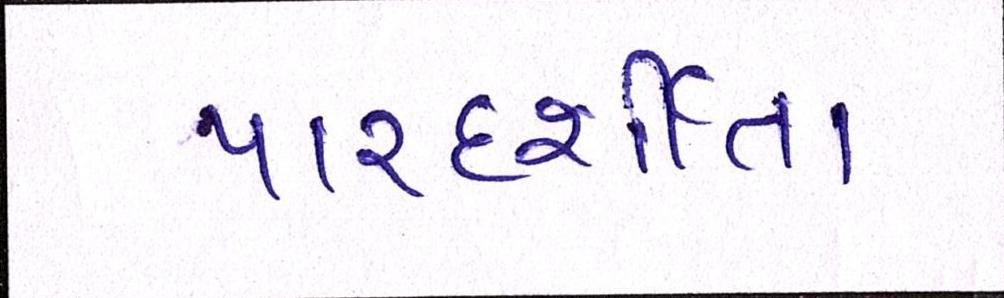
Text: પારદર્શીતા